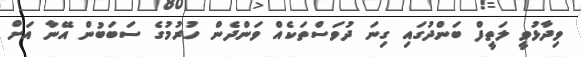
ވިދާޅުވީ ލަތީފް ބަންދުގައި ގިނަ ދުވަސްތަކެއް ވަންދެން ހުރުމުގެ ސަބަބުން އޭނާ އަށް